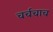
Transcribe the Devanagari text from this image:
चर्चचाच